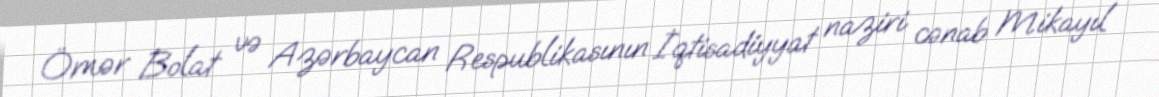
Ömər Bolat və Azərbaycan Respublikasının İqtisadiyyat naziri cənab Mikayıl